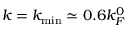
k = k _ { \mathrm { m i n } } \simeq 0 . 6 k _ { F } ^ { 0 }